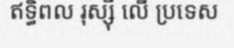
ឥទ្ធិពល រុស្ស៊ី លើ ប្រទេស